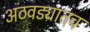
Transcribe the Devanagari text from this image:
अठवड्यातच